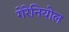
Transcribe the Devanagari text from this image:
गेरेनियोल